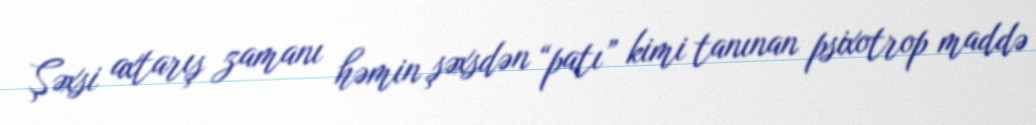
Şəxsi axtarış zamanı həmin şəxsdən “patı” kimi tanınan psixotrop maddə